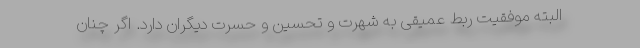
البته موفقیت ربط عمیقی به شهرت و تحسین و حسرت دیگران دارد. اگر چنان